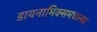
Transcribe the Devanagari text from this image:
डायनामिक्समधल्या